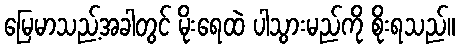
မြေမာသည့်အခါတွင် မိုးရေထဲ ပါသွားမည်ကို စိုးရသည်။